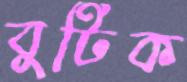
বুটিক